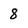
Character: 8